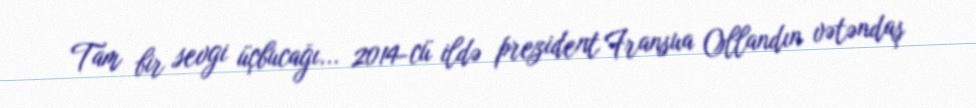
Tam bir sevgi üçbucağı... 2014-cü ildə prezident Fransua Ollandın vətəndaş